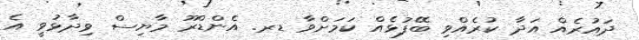
ދައުރެއް އަދާ ކުރެއްވި ބޭފުޅެއް ކަމަށްވާ ޑރ. އެންޑްރޫ މާޔިސް ވިދާޅުވީ އެ